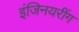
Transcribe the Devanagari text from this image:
इंजिनयरींग